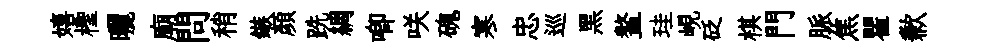
嬉檉曬廟問稍鏃顔跣綢唧咲磈寒忠巡黑鳌珪峴砭棋門脈焦瞿歉